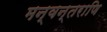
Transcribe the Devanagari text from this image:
मन्वन्तराणि